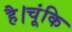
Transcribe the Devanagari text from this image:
है।चूंकि